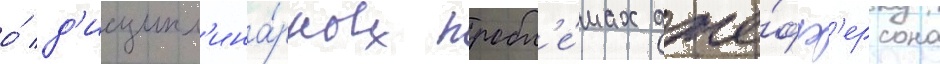
о́ д'исципл'ина́рных пробл'е́мах дже́фф'ерсона